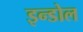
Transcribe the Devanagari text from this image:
इन्डोल